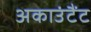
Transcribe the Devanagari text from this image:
अकाउंटैंट